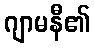
ဂျာမနီ၏